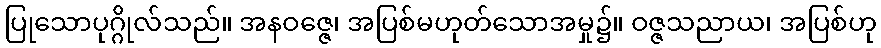
ပြုသောပုဂ္ဂိုလ်သည်။ အနဝဇ္ဇေ၊ အပြစ်မဟုတ်သောအမှု၌။ ဝဇ္ဇသညာယ၊ အပြစ်ဟု